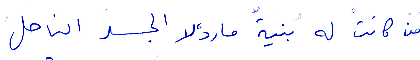
من كانت له بنية مارد، لا الجسد الناحل